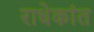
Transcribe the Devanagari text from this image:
राधेकांत